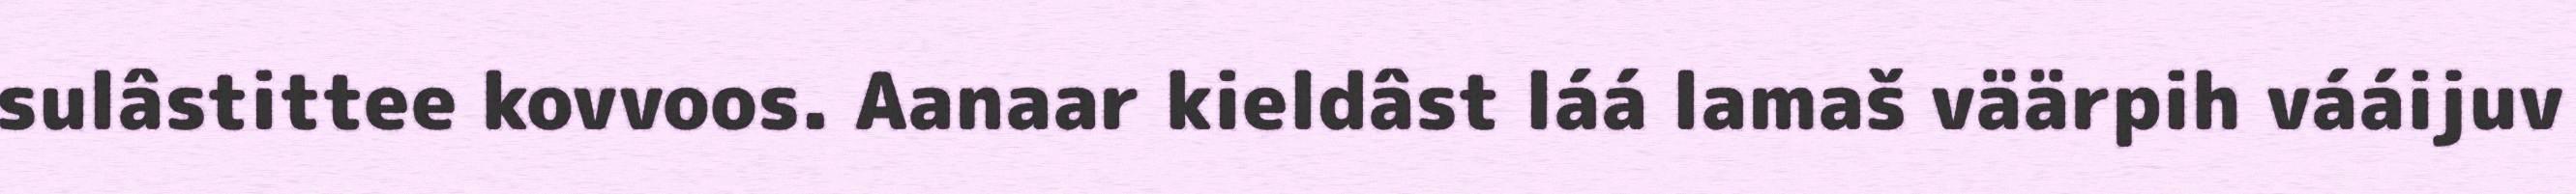
sulâstittee kovvoos. Aanaar kieldâst láá lamaš väärpih vááijuv